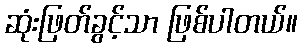
ဆုံးဖြတ်ခွင့်သာ ဖြစ်ပါတယ်။